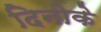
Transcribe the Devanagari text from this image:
दिनोके